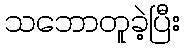
သဘောတူခဲ့ပြီး